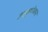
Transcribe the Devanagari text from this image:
अनुदोलन